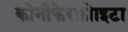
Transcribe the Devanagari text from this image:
कोनीफेरफ्रोाइटा